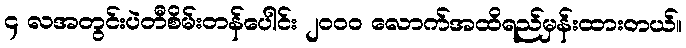
၄ လအတွင်းပဲတီစိမ်းတန်ပေါင်း ၂၀၀၀ လောက်အထိရည်မှန်းထားတယ်။